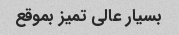
بسیار عالی تمیز بموقع